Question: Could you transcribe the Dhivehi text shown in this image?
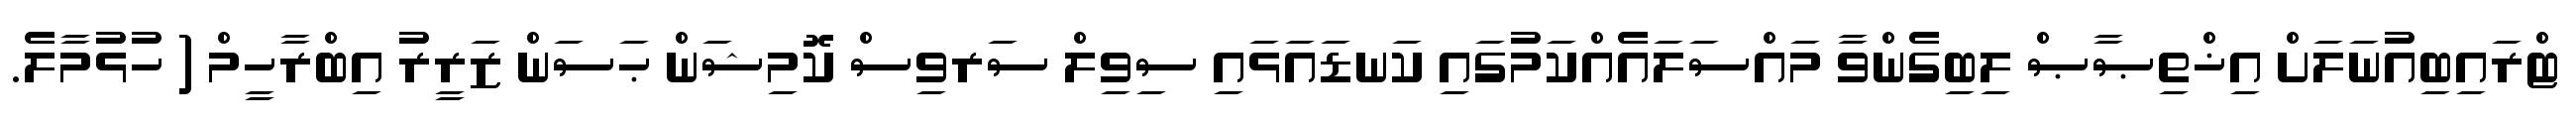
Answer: ޓްރައިބިއުނަލަށް އިޚްތިޞާޞް ލިބިގެންވާ މައްސަލައެއްކަމުގައި ކަނޑައަޅައި ސިވިލް ސަރވިސް ކޮމިޝަން ޙަސަން ޒަރީރު އިބްރާހީމް ( ހުޅުމާލެ.